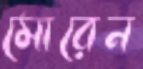
মোরেন